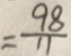
= \frac { 9 8 } { 1 1 }